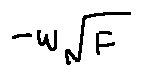
- w \sqrt { F }